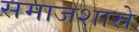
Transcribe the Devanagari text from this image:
समाजशास्रे